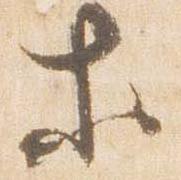
等